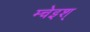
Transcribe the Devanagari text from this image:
म्चेइश्